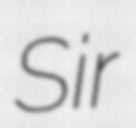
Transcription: Sir